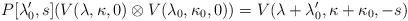
LaTeX: \begin{align*}P[\lambda_0',s] (V(\lambda,\kappa,0)\otimes V(\lambda_0,\kappa_0,0))={V}(\lambda+\lambda_0',\kappa+\kappa_0,-s)\end{align*}